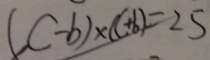
( C - b ) \times ( C + b ) = 2 5